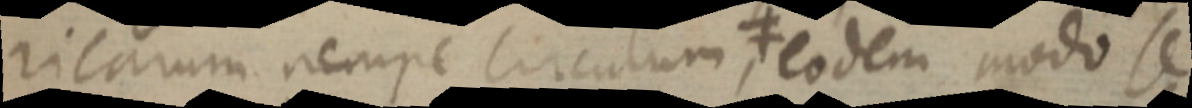
ricarum nempe circulum, ≠ eodem modo se